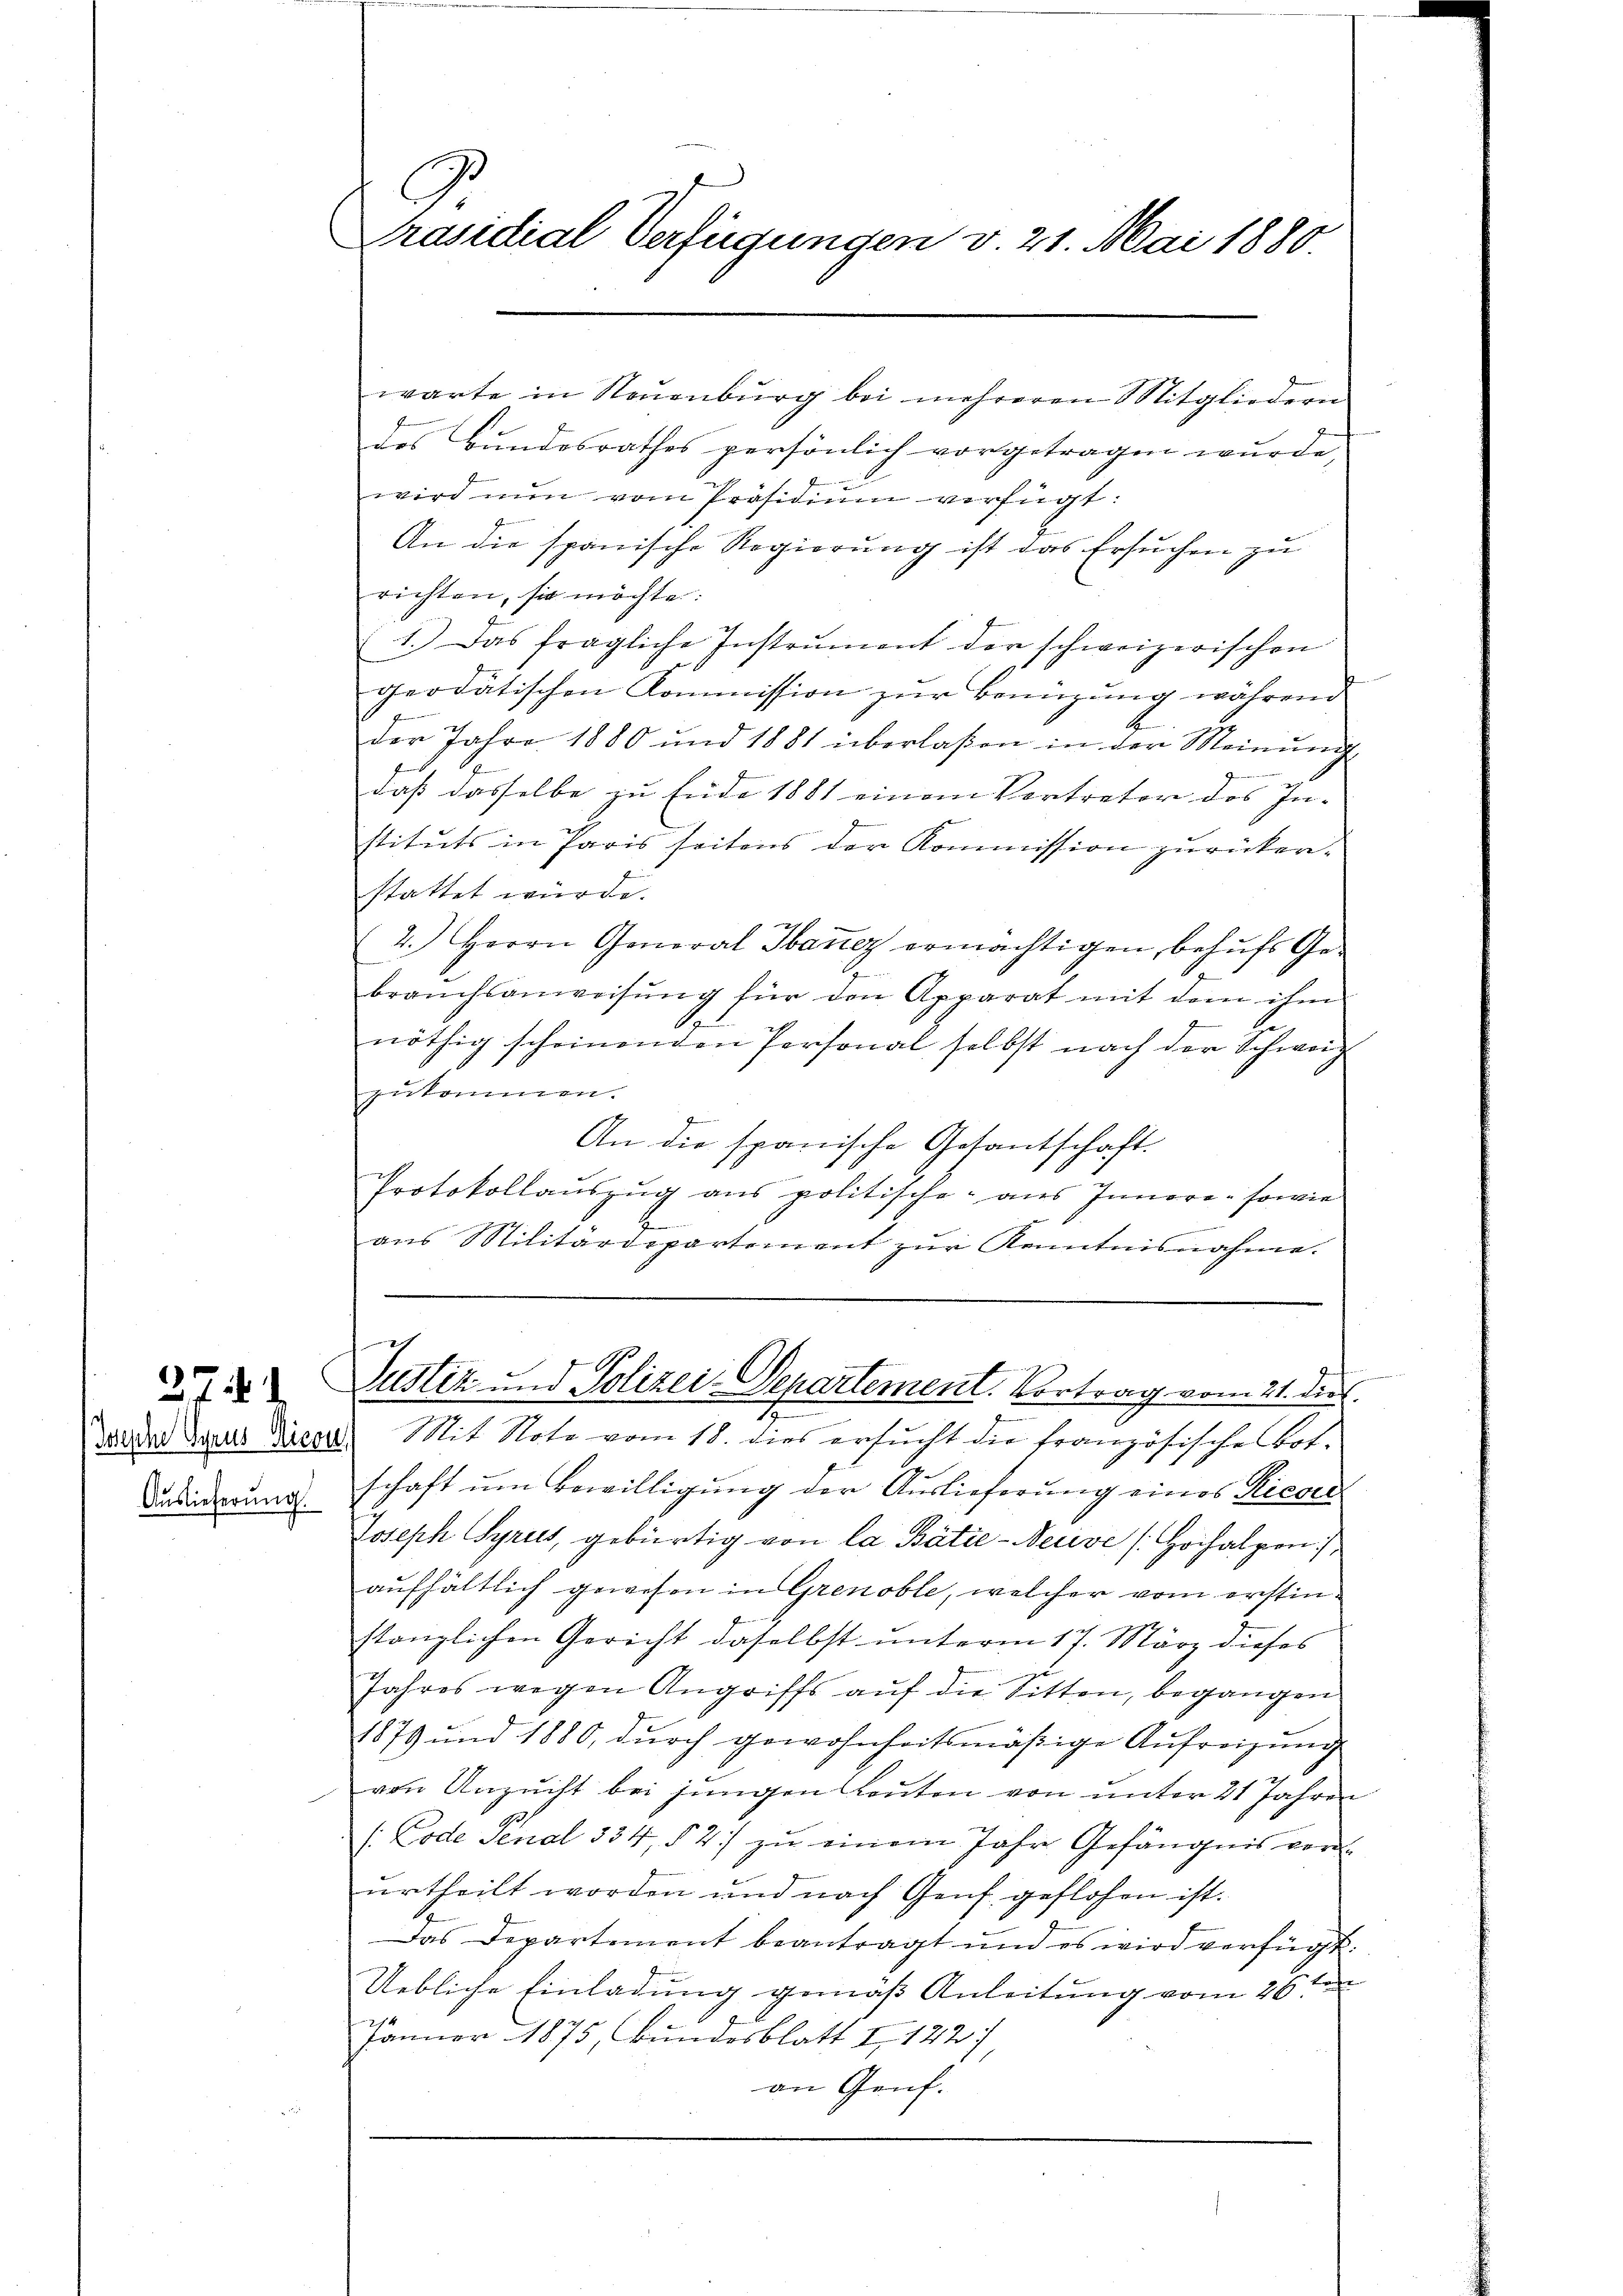
37

Auslieferung.

Präsidial Verfügungen v. 21. Mai 1880.

warte in Neŭenbŭrg bei mehreren Mitgliedern
des Bundesrathes persönlich vorgetragen wurde,
wird nun vom Präsidiŭm verfügt:
An die spanische Regierung ist das Ersuchen zu
richten, sie möchte:
1.) Das fragliche Instrument der schweizerischen
geodätischen Kommission zŭr Benüzung während
f
der Jahre 1880 und 1881 überlaßen in der Meinŭng
f
x
daß dasselbe zu Ende 1881 einem Vertreter des In-
stituts in Paris seitens der Kommission zurückerstattet würde.
2.) Herrn General Ibanez ermächtigen, behufs Gebraŭchsanweisŭng für den Apparat mit dem ihm
nöthig scheinenden Personal selbst nach der Schweiz
zukommen.
An die spanische Gesantschaft.
Protokollauszug aus politische aus Innere, sowie
ans Militärdepartement zŭr Kenntnisnahme.

Justiz und Polizei-Departement. Vortrag vom 21. dies

Doda draus diser Mit Note vom 18. dies ersucht die französische Bot.
schaft um Bewilligung der Auslieferung eines Rieser
Joseph Syruis, gebürtig von la Bátie-Neuve (Hochalpen :/
aufhältlich gewesen in Grenoble, welcher vom erstinstanzlichen Gericht daselbst unterm 17. März dieses
Jahres wegen Angriffs aŭf die Sitten, begangen
1879 und 1880, durch gewohnheitsmäßige Aufreizung
von Unzucht bei jungen Leuten von unter 21 Jahren
: Code Penal 334, § 2) zu einem Jahre Gefängnis vor
urtheilt worden und nach Genf geflohen ist.
Das Departement beantragt und es wird verfügt:
Uebliche Einladung gemäß Anleitung vom 26ten
Januar 1875 Bundesblatt I 1427
an Genf.